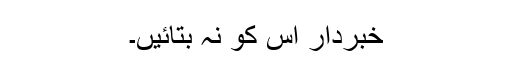
خبردار اس کو نہ بتائیں۔